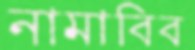
নামাবিব